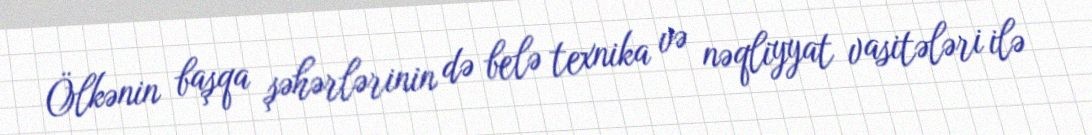
Ölkənin başqa şəhərlərinin də belə texnika və nəqliyyat vasitələri ilə